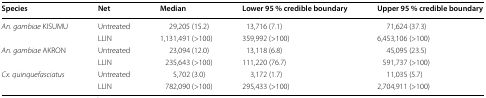
| Species | Net | Median | Lower 95 % credible boundary | Upper 95 % credible boundary |
 | --- | --- | --- | --- | --- |
 | <ROWSPAN=2> An. gambiae KISUMU | Untreated | 29,205 (15.2) | 13,716 (7.1) | 71,624 (37.3) |
 | LLIN | 1,131,491 (>100) | 359,992 (>100) | 6,453,106 (>100) |
 | <ROWSPAN=2> An. gambiae AKRON | Untreated | 23,094 (12.0) | 13,118 (6.8) | 45,095 (23.5) |
 | LLIN | 235,643 (>100) | 111,220 (76.7) | 591,737 (>100) |
 | <ROWSPAN=2> Cx. quinquefasciatus | Untreated | 5,702 (3.0) | 3,172 (1.7) | 11,035 (5.7) |
 | LLIN | 782,090 (>100) | 295,433 (>100) | 2,704,911 (>100) |